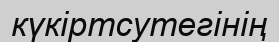
күкіртсутегінің